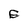
Character: E